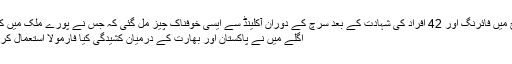
کرائسٹ چرچ میں فائرنگ اور 42 افراد کی شہادت کے بعد سرچ کے دوران آکلینڈ سے ایسی خوفناک چیز مل گئی کہ جس نے پورے ملک میں کھلبلی مچا دی
اگلے میں نے پاکستان اور بھارت کے درمیان کشیدگی کیا فارمولا استعمال کر کے کم کی ؟